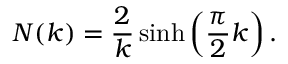
{ \cal N } ( k ) = \frac { 2 } { k } \sinh \left( \frac { \pi } { 2 } k \right) .